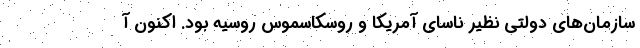
سازمان‌های دولتی نظیر ناسای آمریکا و روسکاسموس روسیه بود. اکنون آ